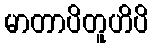
မာတာပိတူဟိပိ